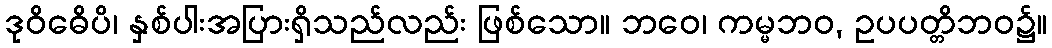
ဒုဝိဓေိပိ၊ နှစ်ပါးအပြားရှိသည်လည်း ဖြစ်သော။ ဘဝေ၊ ကမ္မဘဝ, ဥပပတ္တိဘဝ၌။